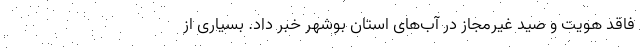
فاقد هویت و صید غیرمجاز در آب‌های استان بوشهر خبر داد. بسیاری از